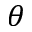
\theta